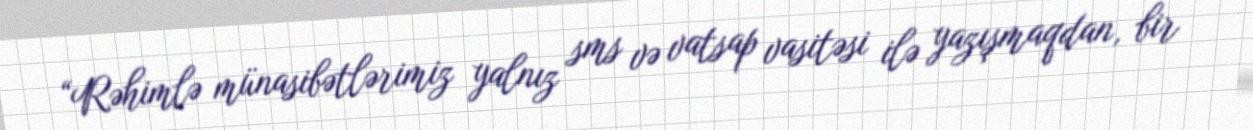
“Rəhimlə münasibətlərimiz yalnız sms və vatsap vasitəsi ilə yazışmaqdan, bir